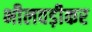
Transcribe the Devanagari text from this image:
भीलवड़ीकर